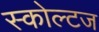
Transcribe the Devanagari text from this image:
स्कोल्टज